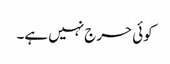
کوئی حرج نہیں ہے۔